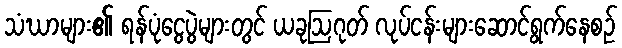
သံဃာများ၏ ရန်ပုံငွေပွဲများတွင် ယခုဩဂုတ် လုပ်ငန်းများဆောင်ရွက်နေစဉ်